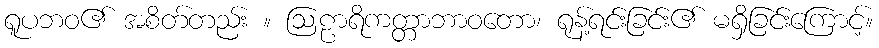
ရူပဘဝ၏ အစိတ်တည်း ။ ဩဠာရိကတ္တာဘာဝတော၊ ရုန့်ရင်းခြင်း၏ မရှိခြင်းကြောင့်။